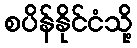
စပိန်နိုင်ငံသို့